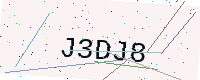
Text: J3DJ8